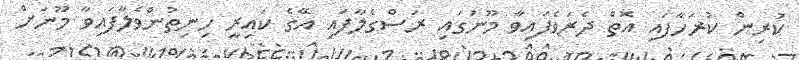
ކުރިން ކުރަހާފައި އޮތް ދެރަވެފައިވާ މޫނުގައި ރަސްގެލާފައި އޭގެ ކައިރީ ހިނިތުންވެލާފައިވާ މޫނަށް